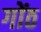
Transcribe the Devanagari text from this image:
गोंठ